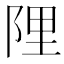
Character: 䧉